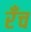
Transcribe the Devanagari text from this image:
रँच